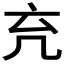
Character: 𠘺